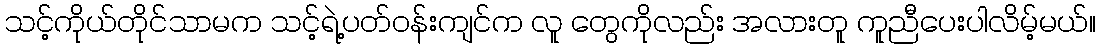
သင့်ကိုယ်တိုင်သာမက သင့်ရဲ့ပတ်၀န်းကျင်က လူ တွေကိုလည်း အလားတူ ကူညီပေးပါလိမ့်မယ်။